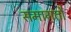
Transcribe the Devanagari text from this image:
समागतौ